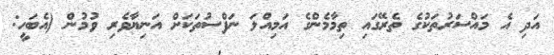
އަދި އެ މައްސަރުތަކުގެ ތެރޭގައި ތިމާމެންގެ އަމިއްލަ ނަފްސުތަކަށް އަނިޔާވެރި ވުމުން (އެބަހީ: